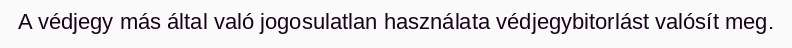
A védjegy más által való jogosulatlan használata védjegybitorlást valósít meg.